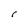
Character: r